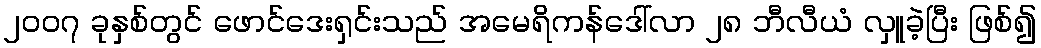
၂၀၀၇ ခုနှစ်တွင် ဖောင်ဒေးရှင်းသည် အမေရိကန်ဒေါ်လာ ၂၈ ဘီလီယံ လှူခဲ့ပြီး ဖြစ်၍